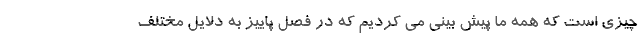
چیزی است که همه ما پیش بینی می کردیم که در فصل پاییز به دلایل مختلف